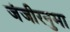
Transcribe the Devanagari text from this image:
जंजीरनुमा